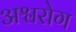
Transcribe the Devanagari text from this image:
अश्वरोग